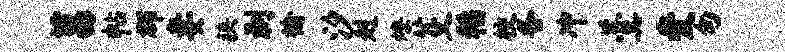
莒帖郡妻狭剥榆汐赳燎芟稻校各冲羹爱匆